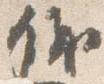
儀